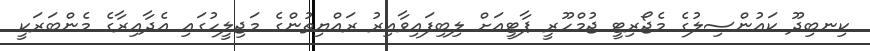
ކިނބިދޫ ކައުންސިލުގެ މެޖޯރިޓީ ޖުމްހޫރީ ޕާޓީއަށް ލިބިފައިވާއިރު ރައްޔިތުންގެ މަޖިލީހުގައި އެދާއިރާގެ މެންބަރަކީ